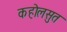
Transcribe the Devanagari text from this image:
कहोलसुत